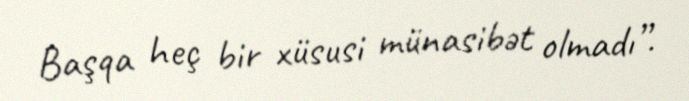
Başqa heç bir xüsusi münasibət olmadı”.